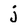
Character: j